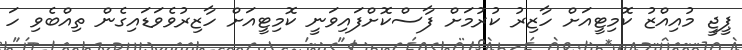
ޕީޖީ މުއިއްޒު ކޮމިޓީއަށް ހާޒިރު ކުރުމަށް ފާސްކޮށްފައިވަނީ ކޮމިޓީއަށް ހާޒިރުވެވަޑައިގެން ތިއްބެވި ހަ